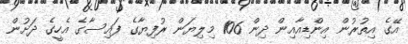
އޭގެ އިތުރުން އިންޑިއާއިން ދިން 106 މިލިޔަން ރުފިޔާގެ ފައިސާގެ އެހީގެ ދަށުން